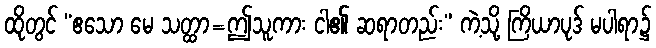
ထိုတွင် “ဧသော မေ သတ္ထာ=ဤသူကား ငါ၏ ဆရာတည်း” ကဲ့သို့ ကြိယာပုဒ် မပါရာ၌